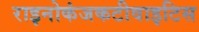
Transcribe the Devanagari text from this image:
राइनोकंजकटीवाइटिस